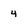
Character: 4